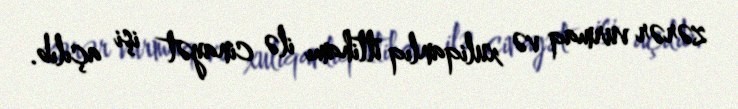
zərər vurmaq və xuliqanlıq ittihamı ilə cinayət işi açılıb.